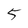
Character: 5